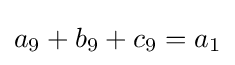
a_{9}+b_{9}+c_{9}=a_{1}